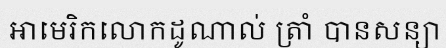
អាមេរិកលោកដូណាល់ ត្រាំ បានសន្យា